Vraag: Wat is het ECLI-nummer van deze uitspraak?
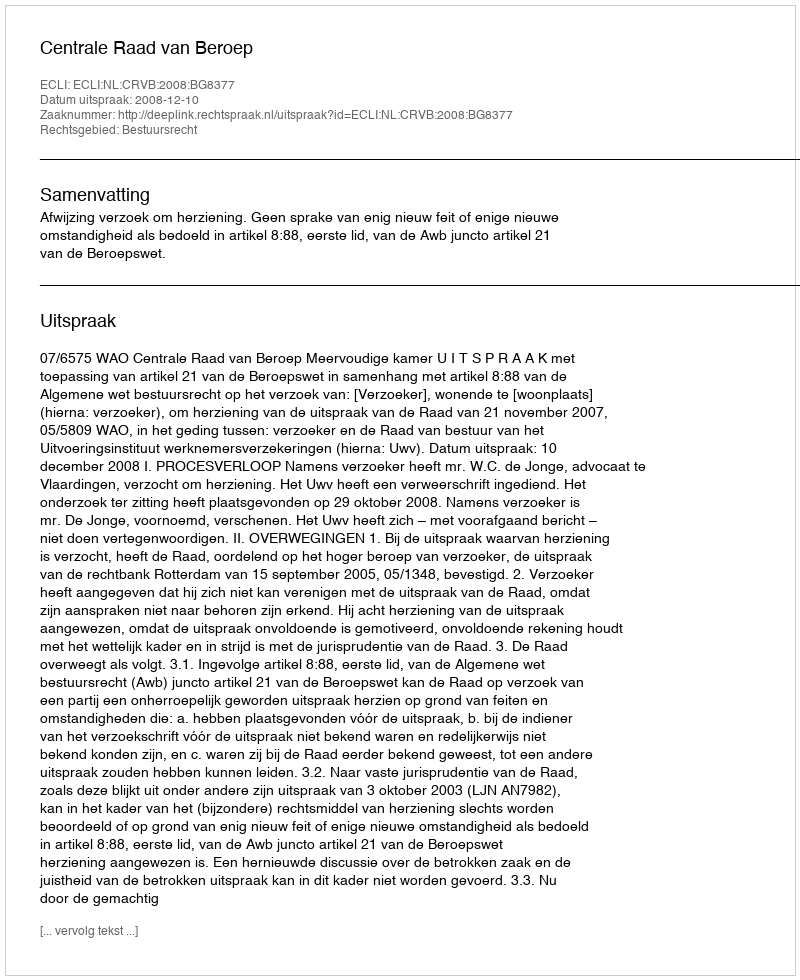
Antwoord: ECLI:NL:CRVB:2008:BG8377